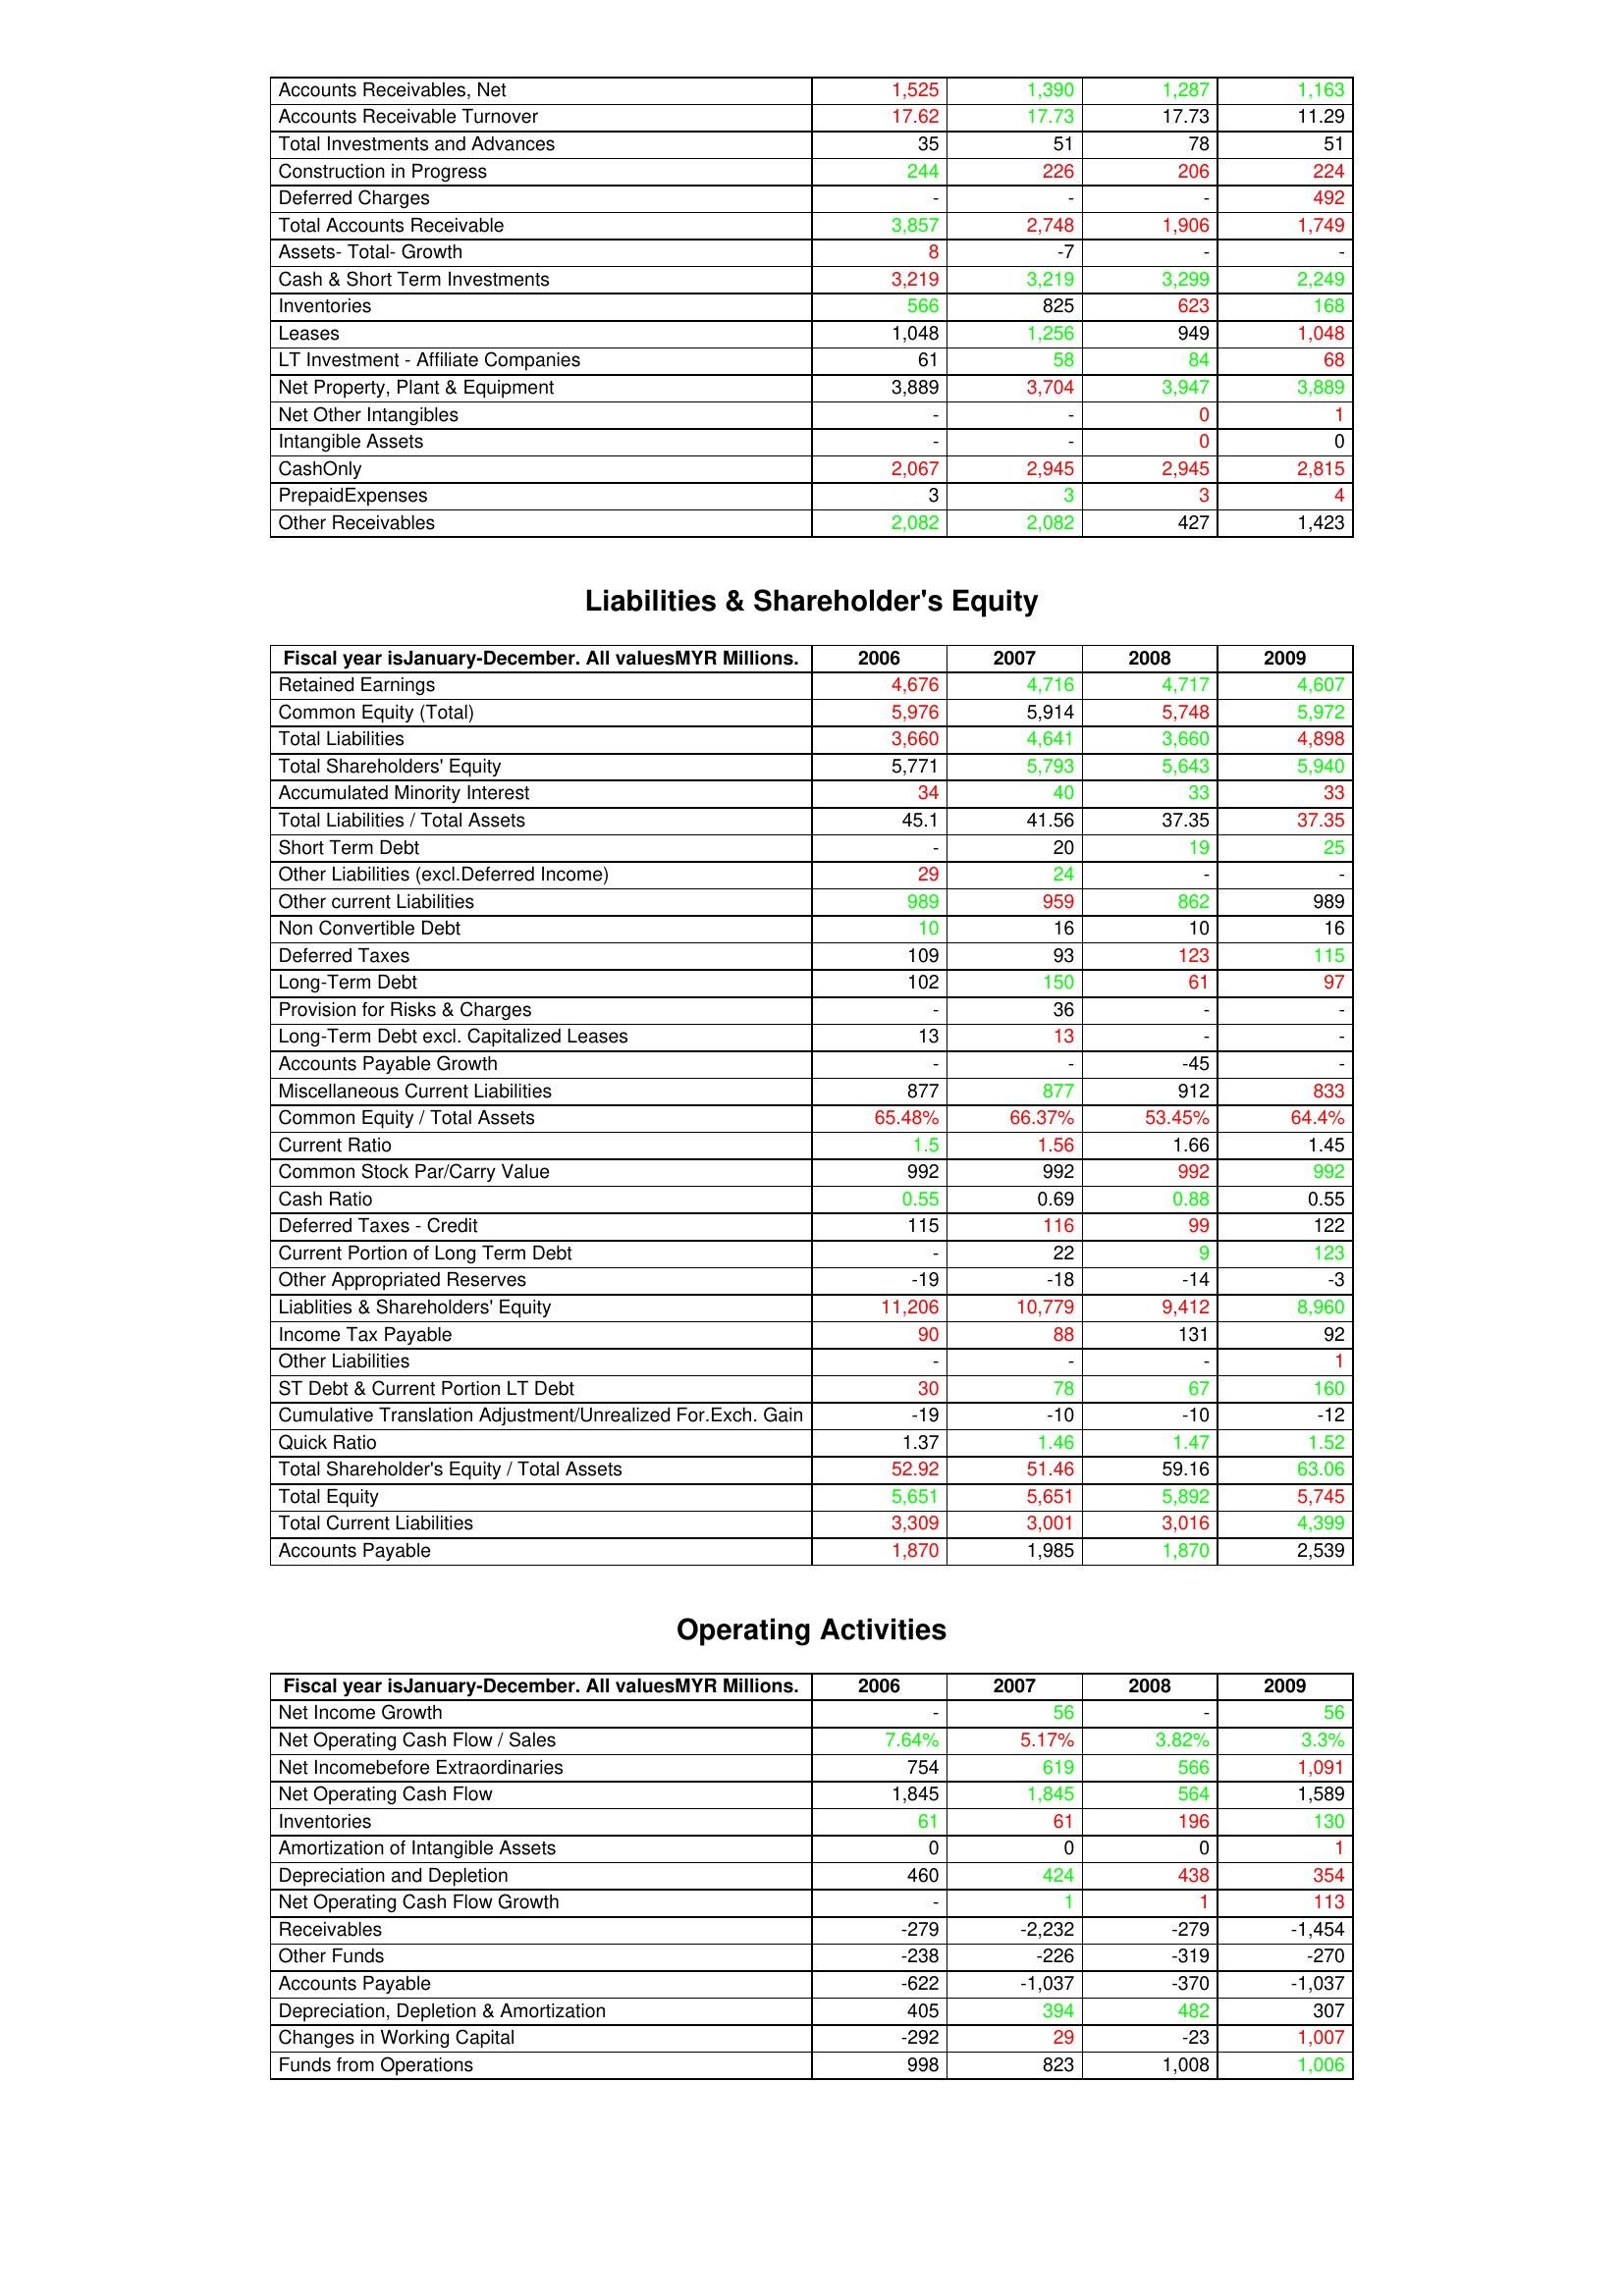
gt_parse: 2006: Assets: Accounts Receivables, Net: 1,525
Accounts Receivable Turnover: 17.62
Total Investments and Advances: 35
Construction in Progress: 244
Deferred Charges: -
Total Accounts Receivable: 3,857
Assets- Total- Growth: 8
Cash & Short Term Investments: 3,219
Inventories: 566
Leases: 1,048
LT Investment - Affiliate Companies: 61
Net Property, Plant & Equipment: 3,889
Net Other Intangibles: -
Intangible Assets: -
CashOnly: 2,067
PrepaidExpenses: 3
Other Receivables: 2,082
Liabilities & Shareholder's Equity: Retained Earnings: 4,676
Common Equity (Total): 5,976
Total Liabilities: 3,660
Total Shareholders' Equity: 5,771
Accumulated Minority Interest: 34
Total Liabilities / Total Assets: 45.1
Short Term Debt: -
Other Liabilities (excl.Deferred Income): 29
Other current Liabilities: 989
Non Convertible Debt: 10
Deferred Taxes: 109
Long-Term Debt: 102
Provision for Risks & Charges: -
Long-Term Debt excl. Capitalized Leases: 13
Accounts Payable Growth: -
Miscellaneous Current Liabilities: 877
Common Equity / Total Assets: 65.48%
Current Ratio: 1.5
Common Stock Par/Carry Value: 992
Cash Ratio: 0.55
Deferred Taxes - Credit: 115
Current Portion of Long Term Debt: -
Other Appropriated Reserves: -19
Liablities & Shareholders' Equity: 11,206
Income Tax Payable: 90
Other Liabilities: -
ST Debt & Current Portion LT Debt: 30
Cumulative Translation Adjustment/Unrealized For.Exch. Gain: -19
Quick Ratio: 1.37
Total Shareholder's Equity / Total Assets: 52.92
Total Equity: 5,651
Total Current Liabilities: 3,309
Accounts Payable: 1,870
Operating Activities: Net Income Growth: -
Net Operating Cash Flow / Sales: 7.64%
Net Incomebefore Extraordinaries: 754
Net Operating Cash Flow: 1,845
Inventories: 61
Amortization of Intangible Assets: 0
Depreciation and Depletion: 460
Net Operating Cash Flow Growth: -
Receivables: -279
Other Funds: -238
Accounts Payable: -622
Depreciation, Depletion & Amortization: 405
Changes in Working Capital: -292
Funds from Operations: 998
2007: Assets: Accounts Receivables, Net: 1,390
Accounts Receivable Turnover: 17.73
Total Investments and Advances: 51
Construction in Progress: 226
Deferred Charges: -
Total Accounts Receivable: 2,748
Assets- Total- Growth: -7
Cash & Short Term Investments: 3,219
Inventories: 825
Leases: 1,256
LT Investment - Affiliate Companies: 58
Net Property, Plant & Equipment: 3,704
Net Other Intangibles: -
Intangible Assets: -
CashOnly: 2,945
PrepaidExpenses: 3
Other Receivables: 2,082
Liabilities & Shareholder's Equity: Retained Earnings: 4,716
Common Equity (Total): 5,914
Total Liabilities: 4,641
Total Shareholders' Equity: 5,793
Accumulated Minority Interest: 40
Total Liabilities / Total Assets: 41.56
Short Term Debt: 20
Other Liabilities (excl.Deferred Income): 24
Other current Liabilities: 959
Non Convertible Debt: 16
Deferred Taxes: 93
Long-Term Debt: 150
Provision for Risks & Charges: 36
Long-Term Debt excl. Capitalized Leases: 13
Accounts Payable Growth: -
Miscellaneous Current Liabilities: 877
Common Equity / Total Assets: 66.37%
Current Ratio: 1.56
Common Stock Par/Carry Value: 992
Cash Ratio: 0.69
Deferred Taxes - Credit: 116
Current Portion of Long Term Debt: 22
Other Appropriated Reserves: -18
Liablities & Shareholders' Equity: 10,779
Income Tax Payable: 88
Other Liabilities: -
ST Debt & Current Portion LT Debt: 78
Cumulative Translation Adjustment/Unrealized For.Exch. Gain: -10
Quick Ratio: 1.46
Total Shareholder's Equity / Total Assets: 51.46
Total Equity: 5,651
Total Current Liabilities: 3,001
Accounts Payable: 1,985
Operating Activities: Net Income Growth: 56
Net Operating Cash Flow / Sales: 5.17%
Net Incomebefore Extraordinaries: 619
Net Operating Cash Flow: 1,845
Inventories: 61
Amortization of Intangible Assets: 0
Depreciation and Depletion: 424
Net Operating Cash Flow Growth: 1
Receivables: -2,232
Other Funds: -226
Accounts Payable: -1,037
Depreciation, Depletion & Amortization: 394
Changes in Working Capital: 29
Funds from Operations: 823
2008: Assets: Accounts Receivables, Net: 1,287
Accounts Receivable Turnover: 17.73
Total Investments and Advances: 78
Construction in Progress: 206
Deferred Charges: -
Total Accounts Receivable: 1,906
Assets- Total- Growth: -
Cash & Short Term Investments: 3,299
Inventories: 623
Leases: 949
LT Investment - Affiliate Companies: 84
Net Property, Plant & Equipment: 3,947
Net Other Intangibles: 0
Intangible Assets: 0
CashOnly: 2,945
PrepaidExpenses: 3
Other Receivables: 427
Liabilities & Shareholder's Equity: Retained Earnings: 4,717
Common Equity (Total): 5,748
Total Liabilities: 3,660
Total Shareholders' Equity: 5,643
Accumulated Minority Interest: 33
Total Liabilities / Total Assets: 37.35
Short Term Debt: 19
Other Liabilities (excl.Deferred Income): -
Other current Liabilities: 862
Non Convertible Debt: 10
Deferred Taxes: 123
Long-Term Debt: 61
Provision for Risks & Charges: -
Long-Term Debt excl. Capitalized Leases: -
Accounts Payable Growth: -45
Miscellaneous Current Liabilities: 912
Common Equity / Total Assets: 53.45%
Current Ratio: 1.66
Common Stock Par/Carry Value: 992
Cash Ratio: 0.88
Deferred Taxes - Credit: 99
Current Portion of Long Term Debt: 9
Other Appropriated Reserves: -14
Liablities & Shareholders' Equity: 9,412
Income Tax Payable: 131
Other Liabilities: -
ST Debt & Current Portion LT Debt: 67
Cumulative Translation Adjustment/Unrealized For.Exch. Gain: -10
Quick Ratio: 1.47
Total Shareholder's Equity / Total Assets: 59.16
Total Equity: 5,892
Total Current Liabilities: 3,016
Accounts Payable: 1,870
Operating Activities: Net Income Growth: -
Net Operating Cash Flow / Sales: 3.82%
Net Incomebefore Extraordinaries: 566
Net Operating Cash Flow: 564
Inventories: 196
Amortization of Intangible Assets: 0
Depreciation and Depletion: 438
Net Operating Cash Flow Growth: 1
Receivables: -279
Other Funds: -319
Accounts Payable: -370
Depreciation, Depletion & Amortization: 482
Changes in Working Capital: -23
Funds from Operations: 1,008
2009: Assets: Accounts Receivables, Net: 1,163
Accounts Receivable Turnover: 11.29
Total Investments and Advances: 51
Construction in Progress: 224
Deferred Charges: 492
Total Accounts Receivable: 1,749
Assets- Total- Growth: -
Cash & Short Term Investments: 2,249
Inventories: 168
Leases: 1,048
LT Investment - Affiliate Companies: 68
Net Property, Plant & Equipment: 3,889
Net Other Intangibles: 1
Intangible Assets: 0
CashOnly: 2,815
PrepaidExpenses: 4
Other Receivables: 1,423
Liabilities & Shareholder's Equity: Retained Earnings: 4,607
Common Equity (Total): 5,972
Total Liabilities: 4,898
Total Shareholders' Equity: 5,940
Accumulated Minority Interest: 33
Total Liabilities / Total Assets: 37.35
Short Term Debt: 25
Other Liabilities (excl.Deferred Income): -
Other current Liabilities: 989
Non Convertible Debt: 16
Deferred Taxes: 115
Long-Term Debt: 97
Provision for Risks & Charges: -
Long-Term Debt excl. Capitalized Leases: -
Accounts Payable Growth: -
Miscellaneous Current Liabilities: 833
Common Equity / Total Assets: 64.4%
Current Ratio: 1.45
Common Stock Par/Carry Value: 992
Cash Ratio: 0.55
Deferred Taxes - Credit: 122
Current Portion of Long Term Debt: 123
Other Appropriated Reserves: -3
Liablities & Shareholders' Equity: 8,960
Income Tax Payable: 92
Other Liabilities: 1
ST Debt & Current Portion LT Debt: 160
Cumulative Translation Adjustment/Unrealized For.Exch. Gain: -12
Quick Ratio: 1.52
Total Shareholder's Equity / Total Assets: 63.06
Total Equity: 5,745
Total Current Liabilities: 4,399
Accounts Payable: 2,539
Operating Activities: Net Income Growth: 56
Net Operating Cash Flow / Sales: 3.3%
Net Incomebefore Extraordinaries: 1,091
Net Operating Cash Flow: 1,589
Inventories: 130
Amortization of Intangible Assets: 1
Depreciation and Depletion: 354
Net Operating Cash Flow Growth: 113
Receivables: -1,454
Other Funds: -270
Accounts Payable: -1,037
Depreciation, Depletion & Amortization: 307
Changes in Working Capital: 1,007
Funds from Operations: 1,006